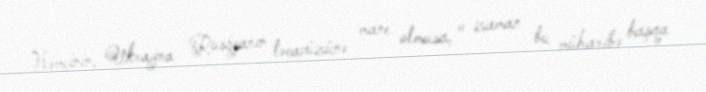
Həmçinin, Ukrayna Rusiyanın təcavüzünə mane olmasa, o zaman bu müharibə başqa